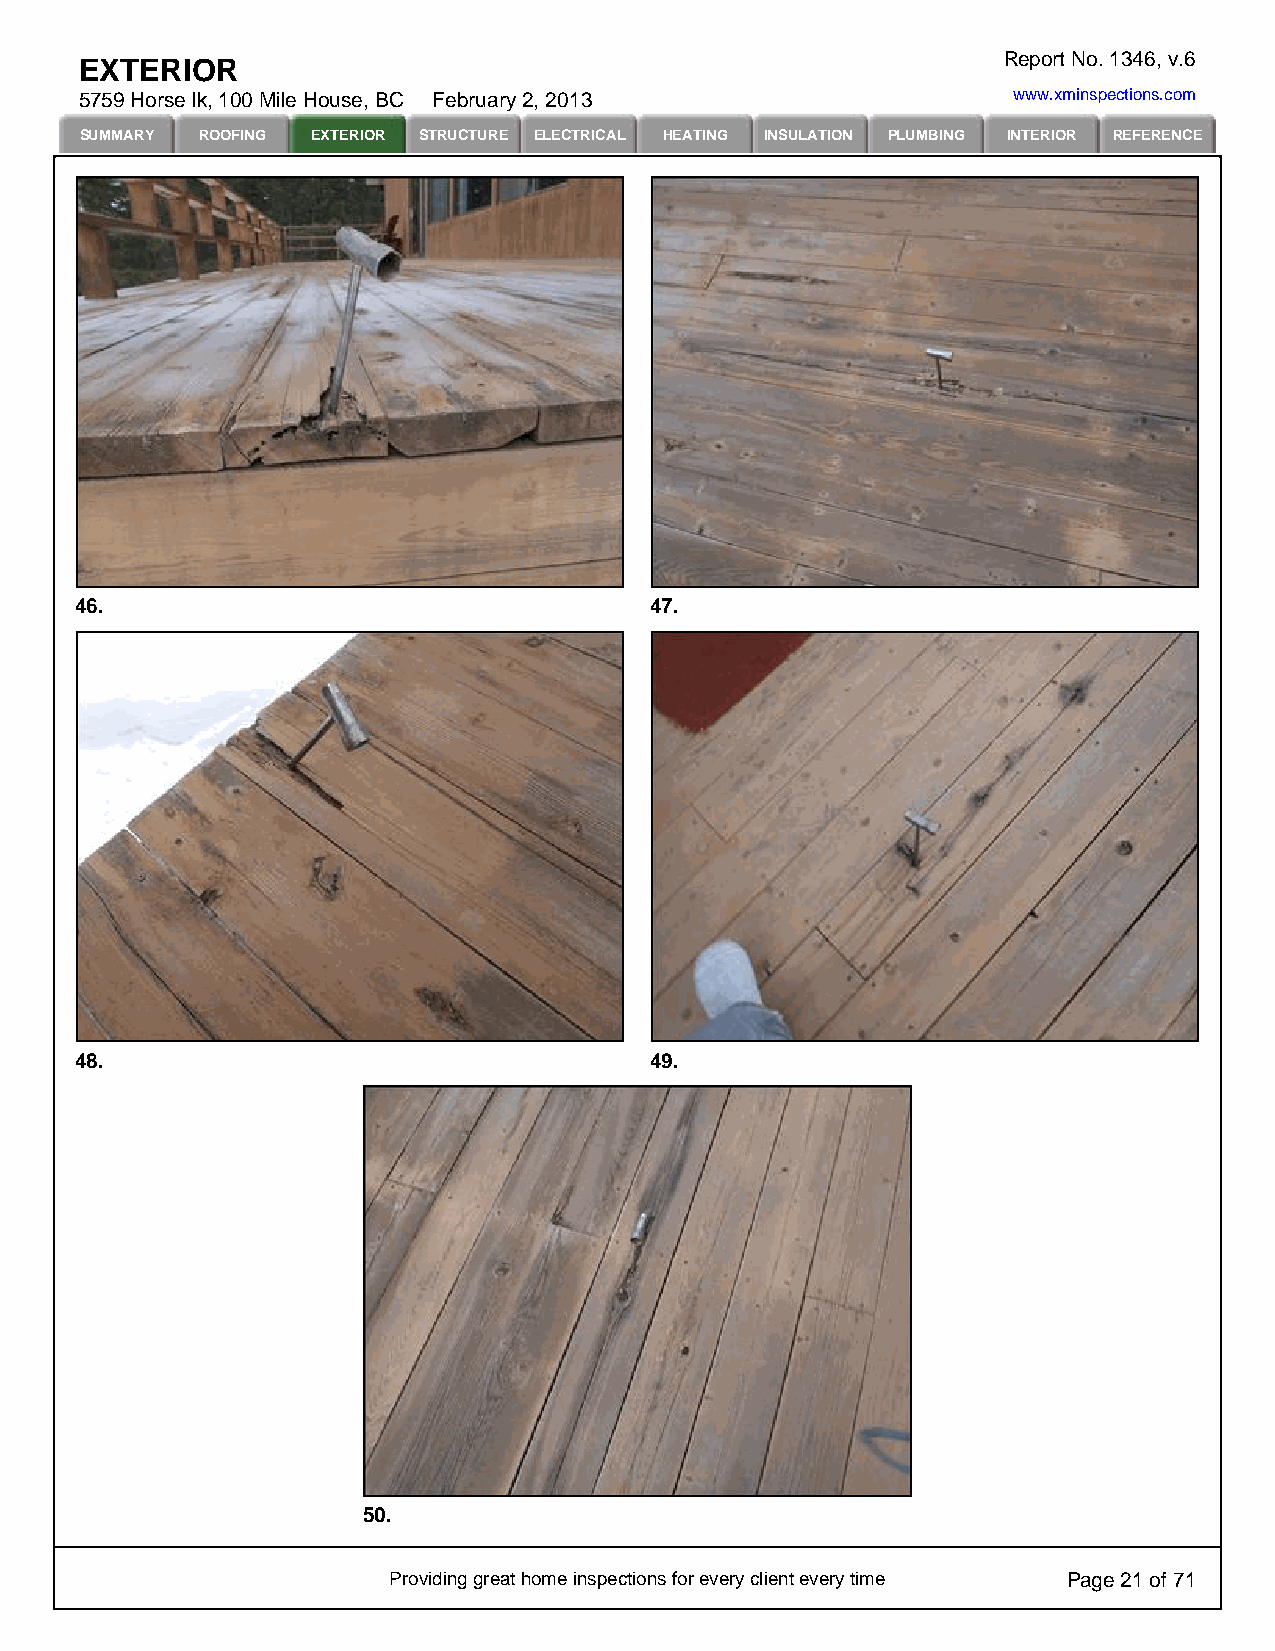
Report No. 1346, v.6
 EXTERIOR
 5759 Horse lk, 100 Mile House, BC February 2, 2013            www.xminspections.com
 SUMMARY ROOFING EXTERIOR STRUCTURE ELECTRICAL HEATING INSULATION PLUMBING INTERIOR REFERENCE
 46.                                   47.
 48.                                   49.
 50.
 Providing great home inspections for every client every time Page 21 of 71